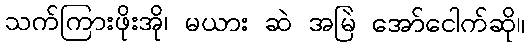
သက်ကြားဖိုးအို၊ မယား ဆဲ အမြဲ အော်ငေါက်ဆို။